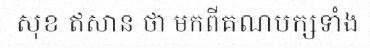
សុខ ឥសាន ថា មកពីគណបក្សទាំង